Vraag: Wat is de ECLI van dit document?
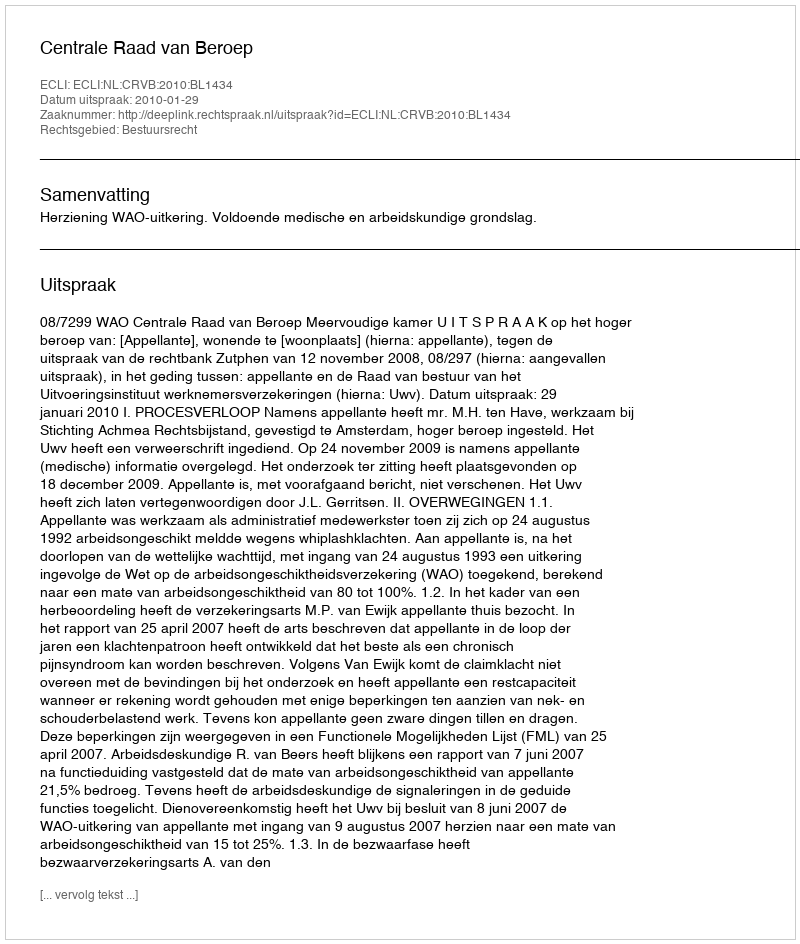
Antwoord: ECLI:NL:CRVB:2010:BL1434